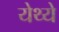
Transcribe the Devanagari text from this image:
येथ्ये